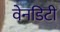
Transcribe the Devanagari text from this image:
वेनडिटी